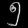
Digit: ၅